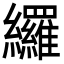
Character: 纙